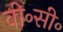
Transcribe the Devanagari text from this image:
वी॰सी॰